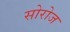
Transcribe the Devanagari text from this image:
सोरोज